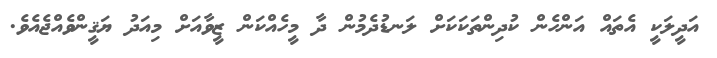
އަދީލަކީ އެތައް އަންހެން ކުދިންތަކަކަށް ލަނޑުދެމުން ދާ މީހެއްކަން ޒީވާއަށް މިއަދު ޔަޤީންވެއްޖެއެވެ.